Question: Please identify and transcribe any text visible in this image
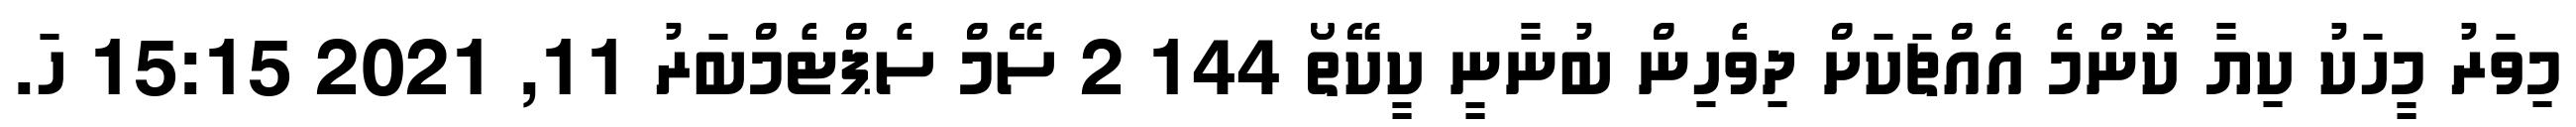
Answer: މިވަރު މީހަކު ކިޔާ ކޮންމެ އެއްޗަކަށް ދިވެހިން ބުނާނީ ކީކޭތޯ 144 2 ސޭމް ސެޕްޓެމްބަރު 11, 2021 15:15 ހަ.